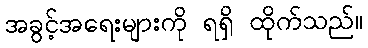
အခွင့်အရေးများကို ရရှိ ထိုက်သည်။